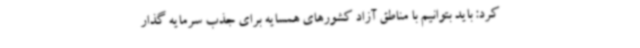
کرد: باید بتوانیم با مناطق آزاد کشورهای همسایه برای جذب سرمایه گذار